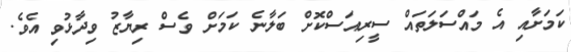
ކަމަށާއި އެ މައްސަލަތައް ސީރިއަސްކޮށް ބަލާނެ ކަމަށް ވެސް ރިޔާޒު ވިދާޅުވި އެވެ.